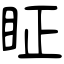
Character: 眐